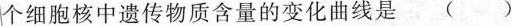
个细胞核中遗传物质含量的变化曲线是 ( )